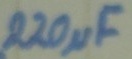
Text: 220µF